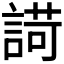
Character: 𧪆